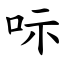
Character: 呩